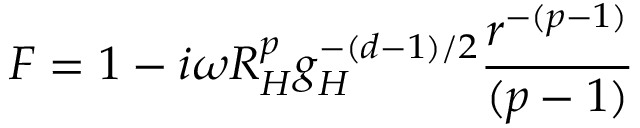
F = 1 - i \omega R _ { H } ^ { p } g _ { H } ^ { - ( d - 1 ) / 2 } { \frac { r ^ { - ( p - 1 ) } } { ( p - 1 ) } }